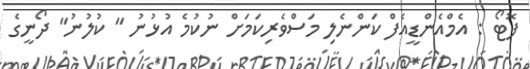
ފޮޓޯ : އެމްއެންޑީއެފް ކަންނެލި މަސްވެރިކަމަށް ނުކުމެ އުޅުނު " ކުލުނު" ދޯނީގެ